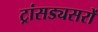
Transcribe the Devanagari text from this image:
ट्रांसड्यसरों